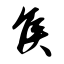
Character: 侯